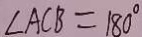
\angle A C B = 1 8 0 ^ { \circ }